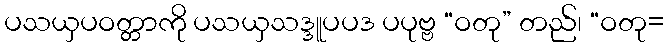
ပသယှပဝတ္တာကို ပသယှသဒ္ဒူပပဒ ပပုဗ္ဗ “ဝတု” တည်၊ “ဝတု=